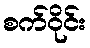
စက်ဝိုင်း